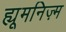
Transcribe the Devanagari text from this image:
ह्यूमनिज़्म